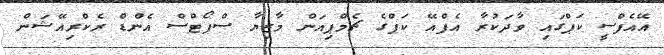
އޭއެފްސީ ކަޕްގައި ވާދަކުރާ އެފްއޭ ކަޕްގެ ޗެމްޕިއަން މާޒިޔާ ސްޕޯޓްސް އެންޑް ރެކްރިއޭޝަން